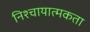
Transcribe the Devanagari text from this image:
निश्चायात्मकता